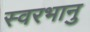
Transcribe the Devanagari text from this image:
स्वरभानु